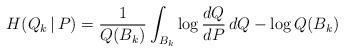
LaTeX: \begin{align*}H(Q_k\,|\,P) = \frac{1}{Q(B_k)}\int_{B_k} \log\frac{dQ}{dP}\,dQ - \log Q(B_k)\end{align*}